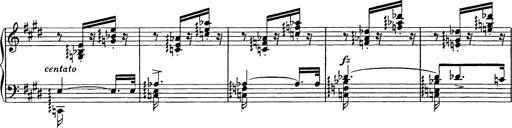
Title: Consolations
Composer: Franz Liszt